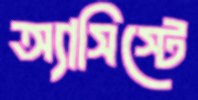
অ্যাসিস্টে